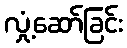
လှုံ့ဆော်ခြင်း